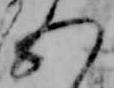
五